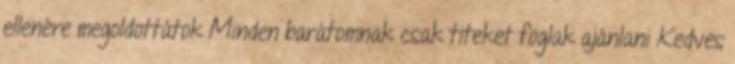
ellenére megoldottátok Minden barátomnak csak titeket foglak ajánlani Kedves